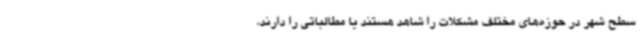
سطح شهر در حوزه‌های مختلف مشکلات را شاهد هستند یا مطالباتی را دارند،